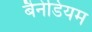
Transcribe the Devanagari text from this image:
बैनेडियम